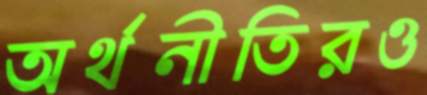
অর্থনীতিরও